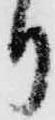
り